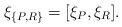
LaTeX: \begin{align*}\xi_{\{ P , R\}} = [\xi_P , \xi_R].\end{align*}